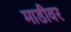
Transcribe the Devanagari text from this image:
माडीवर